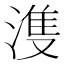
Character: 𣺦